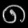
Digit: ၈